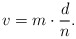
\begin{align*}v=m\cdot \frac dn\text.\end{align*}